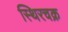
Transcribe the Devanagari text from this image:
स्थिरचक्र